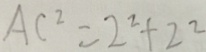
A C ^ { 2 } = 2 ^ { 2 } + 2 ^ { 2 }